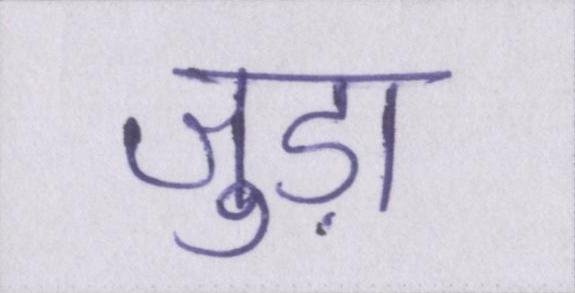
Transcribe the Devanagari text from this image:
जुड़ा